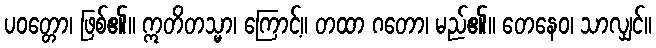
ပဝတ္တော၊ ဖြစ်၏။ ဣတိတသ္မာ၊ ကြောင့်။ တထာ ဂတော၊ မည်၏။ တေနေဝ၊ သာလျှင်။